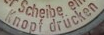
Knopf drucken